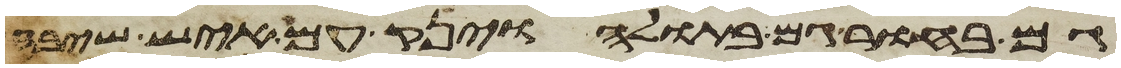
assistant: גם בחור גם בתולה וינק עם איש שיבה